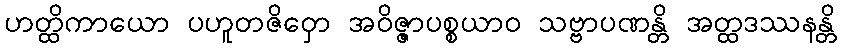
ဟတ္ထိကာယော ပဟူတဇိဝှော အဝိဇ္ဇာပစ္စယာဝ သဗ္ဗာပဏန္တိ အတ္ထဒဿနန္တိ